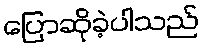
ပြောဆိုခဲ့ပါသည်